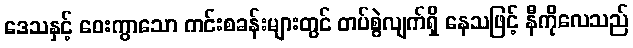
ဒေသနှင့် ဝေးကွာသော ကင်းစခန်းများတွင် တပ်စွဲလျက်ရှိ နေသဖြင့် နီကိုလေသည်